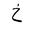
Letter: _kha